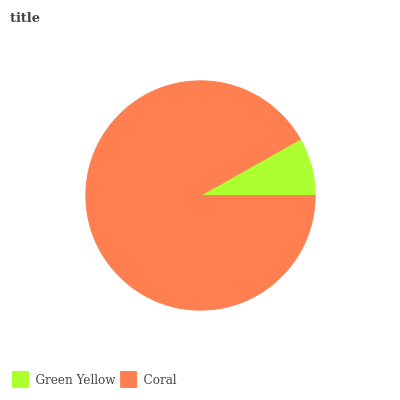
| Green Yellow | Coral |
 | --- | --- |
 | 8.16% | 91.8% |